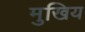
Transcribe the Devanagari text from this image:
मुखिय